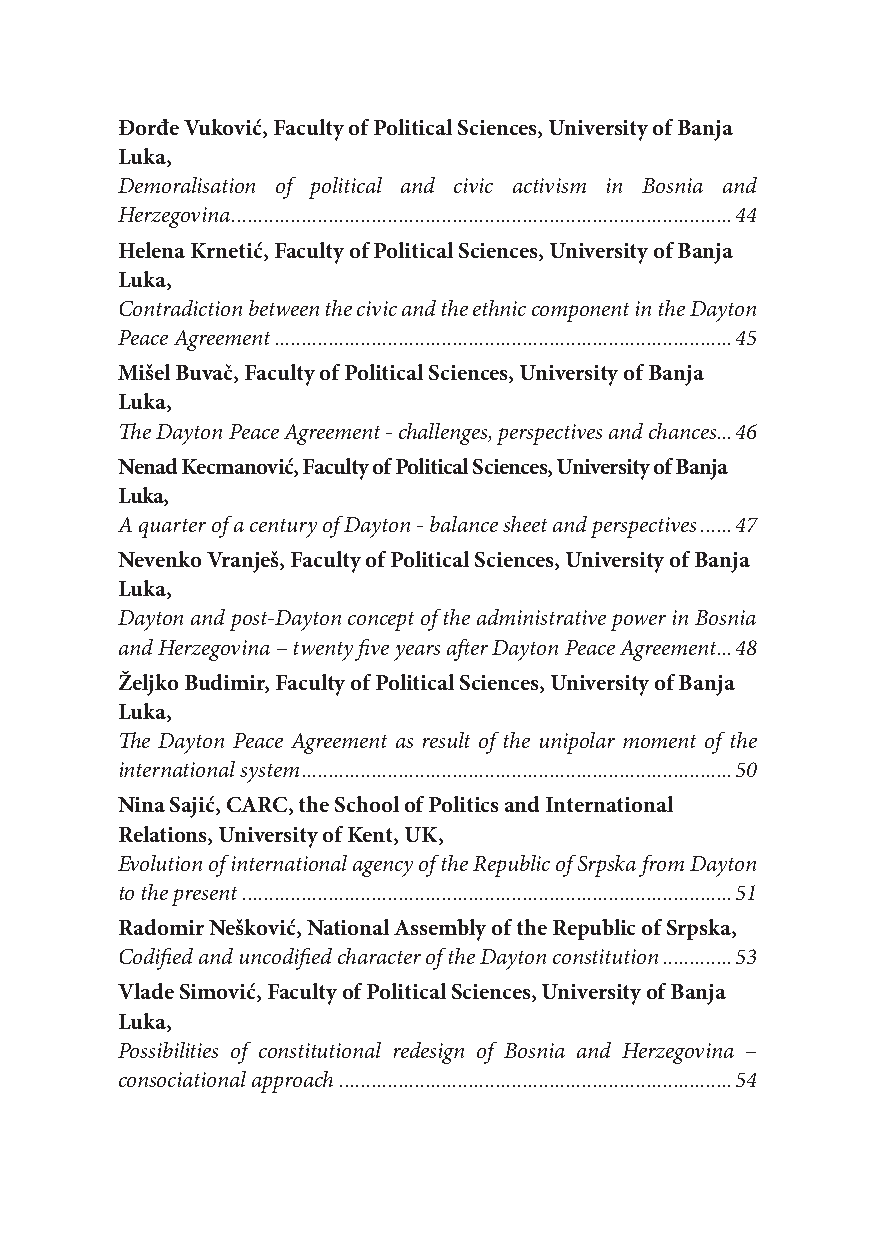
Đorđe Vuković, Faculty of Political Sciences, University of Banja
 Luka,
 Demoralisation of political and civic activism in Bosnia and
 Herzegovina .............................................................................................44
 Helena Krnetić, Faculty of Political Sciences, University of Banja
 Luka,
 Contradiction between the civic and the ethnic component in the Dayton
 Peace Agreement .....................................................................................45
 Mišel Buvač, Faculty of Political Sciences, University of Banja
 Luka,
 The Dayton Peace Agreement - challenges, perspectives and chances...46
 Nenad Kecmanović, Faculty of Political Sciences, University of Banja
 Luka,
 A quarter of a century of Dayton - balance sheet and perspectives ......47
 Nevenko Vranješ, Faculty of Political Sciences, University of Banja
 Luka,
 Dayton and post-Dayton concept of the administrative power in Bosnia
 and Herzegovina – twenty five years after Dayton Peace Agreement ...48
 Željko Budimir, Faculty of Political Sciences, University of Banja
 Luka,
 The Dayton Peace Agreement as result of the unipolar moment of the
 international system ................................................................................50
 Nina Sajić, CARC, the School of Politics and International
 Relations, University of Kent, UK,
 Evolution of international agency of the Republic of Srpska from Dayton
 to the present ...........................................................................................51
 Radomir Nešković, National Assembly of the Republic of Srpska,
 Codified and uncodified character of the Dayton constitution .............53
 Vlade Simović, Faculty of Political Sciences, University of Banja
 Luka,
 Possibilities of constitutional redesign of Bosnia and Herzegovina –
 consociational approach .........................................................................54